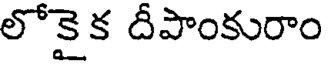
లోకైక దీపాంకురాం